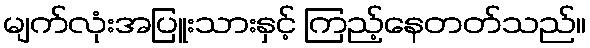
မျက်လုံးအပြူးသားနှင့် ကြည့်နေတတ်သည်။